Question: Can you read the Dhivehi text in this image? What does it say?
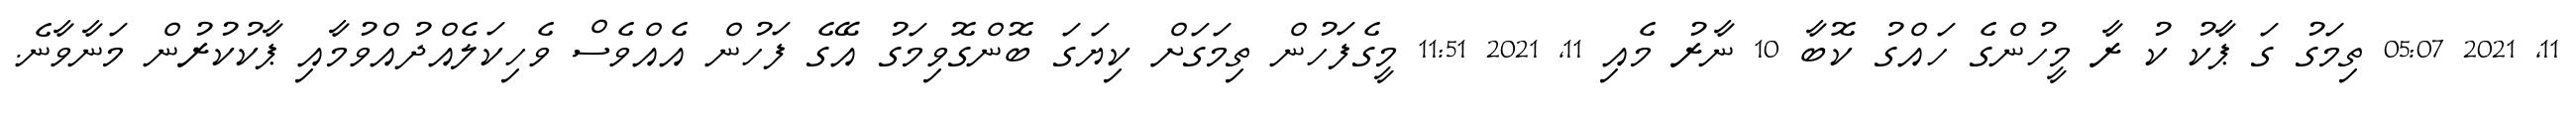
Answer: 11, 2021 05:07 ތިމަގު ގަ ޕާކު ކު ރާ މީހުންގެ ހައްގު ކޮބާ 10 ނާރު މެއި 11, 2021 11:51 މީގެފަހުން ތިމަގަށް ކިޔަގަ ބޮންގޮވިމަގު އޭގެ ފަހުން އެއްވެސް ވެހިކަލެއްދުއްވުމާއި ޕާކުކުރުން މަނާވާނެ.